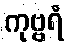
ကုဗ္ဗရံ